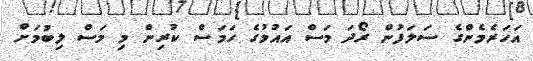
އަހަރެމެންގެ ސަލަފުން ރޯދަ މަސް އައުމުގެ ހަމަސް ކުރިން މި މަސް ލިބުމަށް